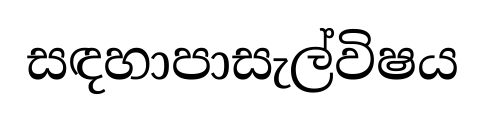
සඳහාපාසැල්විෂය